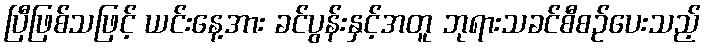
ပြီဖြစ်သဖြင့် ယင်းနေ့အား ခင်ပွန်းနှင့်အတူ ဘုရားသခင်စီစဉ်ပေးသည့်